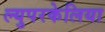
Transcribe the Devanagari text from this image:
ल्युपरकेलिया